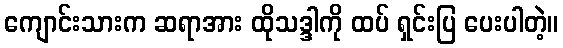
ကျောင်းသားက ဆရာအား ထိုသဒ္ဒါကို ထပ် ရှင်းပြ ပေးပါတဲ့။